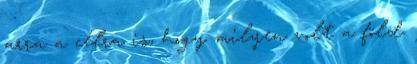
arra a célra is, hogy milyen volt a föld